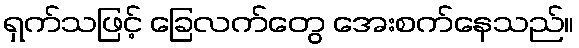
ရှက်သဖြင့် ခြေလက်တွေ အေးစက်နေသည်။